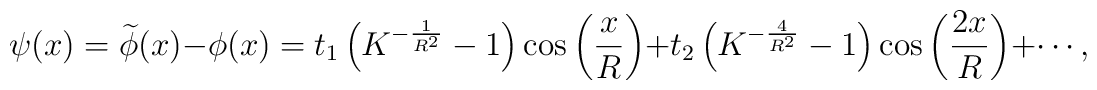
\psi (x) = \widetilde\phi (x) - \phi (x) = t_1 \left( {K^{ -\frac{1} {{R^2 }}}  - 1} \right)\cos \left( {\frac{x} {R}} \right)+ t_2 \left( {K^{ - \frac{4} {{R^2 }}}  - 1} \right)\cos \left({\frac{{2x}} {R}} \right) +  \cdots,